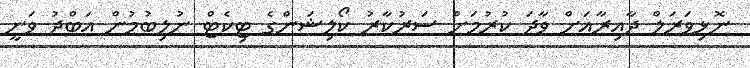
ނޮޅިވަރަލް ދާއިރާއަށް ވާދަ ކުރުމަށް ސަރުކާރު ކޯލިޝަންގެ ޓިކެޓް ނުލިބުމުން އަބްދު ވަނީ